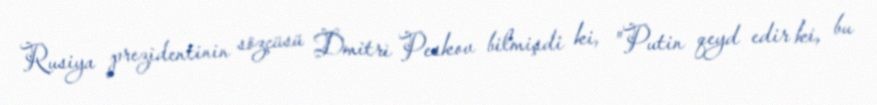
Rusiya prezidentinin sözçüsü Dmitri Peskov bilmişdi ki, "Putin qeyd edir ki, bu